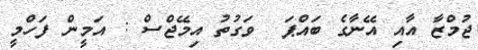
ޖުމްޒާ އާއި އޭނާގެ ބައްޕަ  ވަގުތު އިމޭޖްސް : އަމީން ފަހްމީ